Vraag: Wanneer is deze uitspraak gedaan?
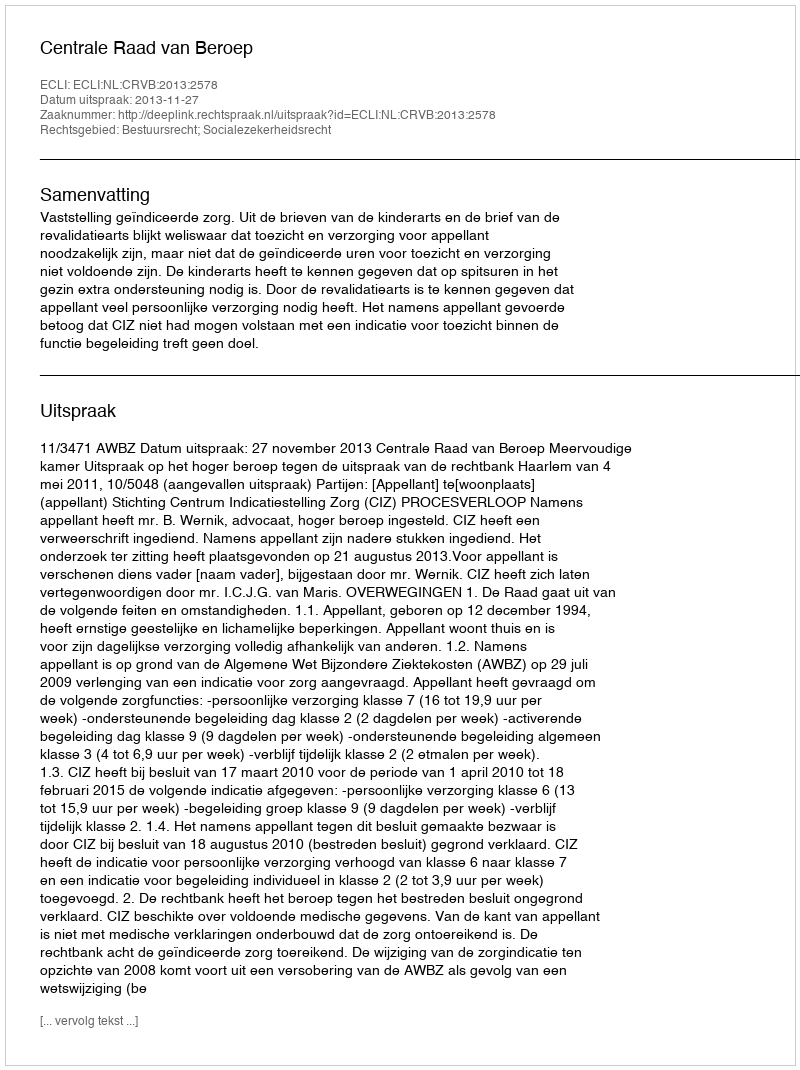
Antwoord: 2013-11-27